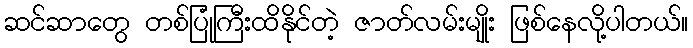
ဆင်ဆာတွေ တစ်ပြုံကြီးထိနိုင်တဲ့ ဇာတ်လမ်းမျိုး ဖြစ်နေလို့ပါတယ်။